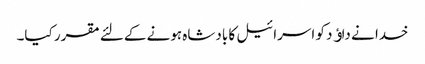
خدا نے داﺅد کو اسرائیل کا بادشاہ ہونے کےلئے مقرر کیا۔